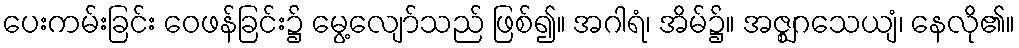
ပေးကမ်းခြင်း ဝေဖန်ခြင်း၌ မွေ့လျော်သည် ဖြစ်၍။ အဂါရံ၊ အိမ်၌။ အဇ္ဈဂသေယျံ၊ နေလို၏။